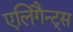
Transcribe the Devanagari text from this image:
एलिगैन्ट्स